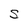
Character: S